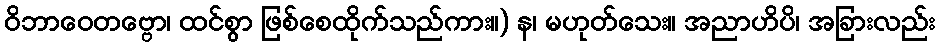
ဝိဘာဝေတဗ္ဗော၊ ထင်စွာ ဖြစ်စေထိုက်သည်ကား။) န၊ မဟုတ်သေး။ အညာဟိပိ၊ အခြားလည်း